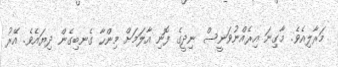
މަރާލިއެވެ. މާގިނަ އިރެއްނުވަނީސް ނިދީގެ ފޮނި އާލަމަށް މިންހާ ގެނބިގެން ދިޔައެވެ. އޭރު